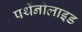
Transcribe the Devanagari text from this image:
पर्थेनोलाइड